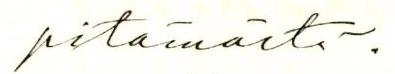
pitämästä.